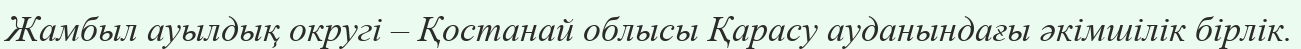
Жамбыл ауылдық округі – Қостанай облысы Қарасу ауданындағы әкімшілік бірлік.